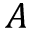
A